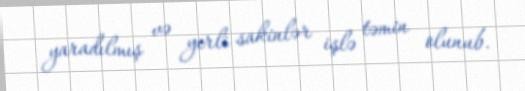
yaradılmış və yerli sakinlər işlə təmin olunub.